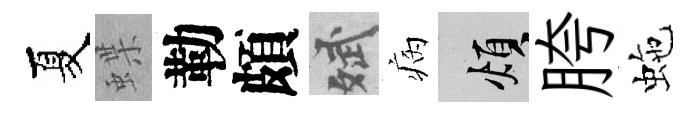
夏蝶勒頗斌病煩胯虵